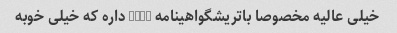
خیلی عالیه مخصوصا باتریشگواهینامه ip67 داره که خیلی خوبه